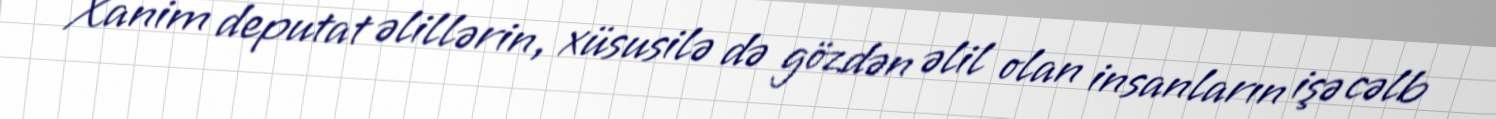
Xanim deputat əlillərin, xüsusilə də gözdən əlil olan insanların işə cəlb